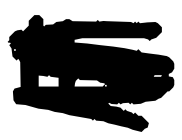
Text: the
Cross-out: scratch
Writing tool: digital_black